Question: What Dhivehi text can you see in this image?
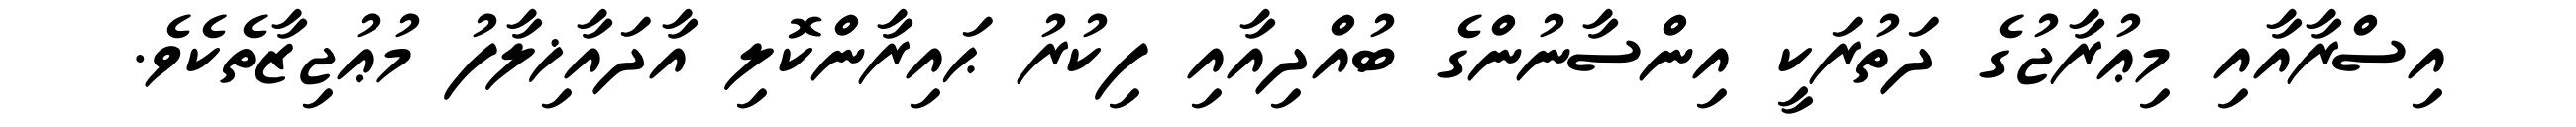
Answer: އިސްރާއާއި މިޢުރާޖުގެ ދަތުރަކީ އިންސާނުންގެ ބުއްދިއާއި ފިކުރު ޙައިރާންކޮލި އާދައާޚިލާފު މުޢުޖިޒާތެކެވެ.